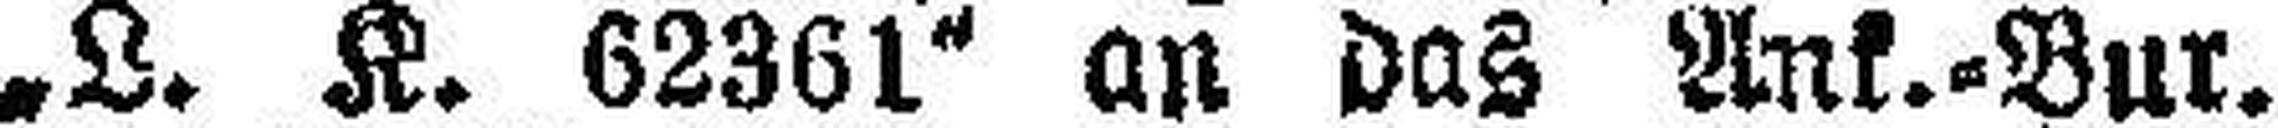
„L. K. 62361“ an das Ank.=Bur.